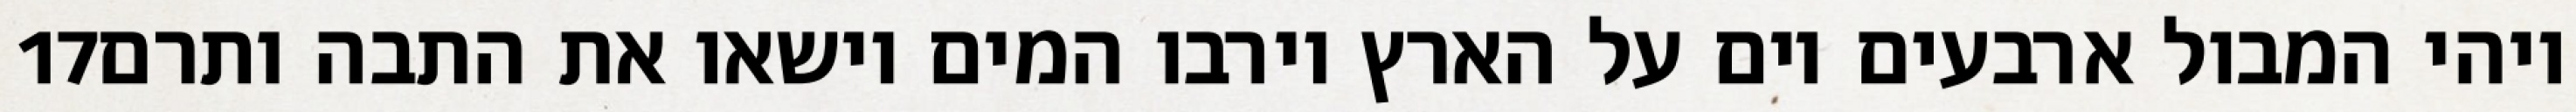
‎17‏ ויהי המבול ארבעים יום על הארץ וירבו המים וישאו את התבה ותרם